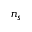
n _ { s }